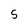
Character: S